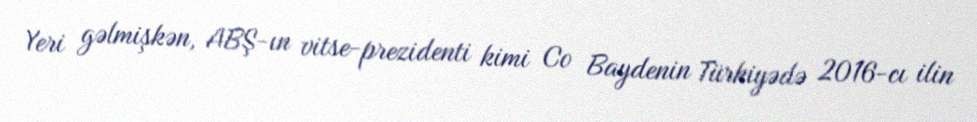
Yeri gəlmişkən, ABŞ-ın vitse-prezidenti kimi Co Baydenin Türkiyədə 2016-cı ilin